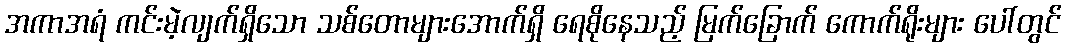
အကာအရံ ကင်းမဲ့လျက်ရှိသော သစ်တောများအောက်ရှိ ရေစိုနေသည့် မြက်ခြောက် ကောက်ရိုးများ ပေါ်တွင်